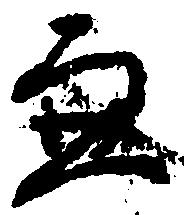
兼